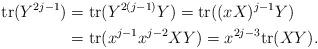
LaTeX: \begin{align*}\mathrm{tr} (Y^{2j-1}) & = \mathrm{tr} (Y^{2(j-1)} Y)=\mathrm{tr} ((xX)^{j-1} Y)\\&= \mathrm{tr} (x^{j-1} x^{j-2} X Y)= x^{2j-3} \mathrm{tr} (XY).\end{align*}